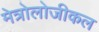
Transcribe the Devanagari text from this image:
मेत्रोलोजीकल